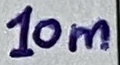
Text: 10m